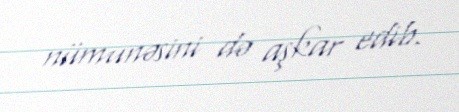
nümunəsini də aşkar edib.